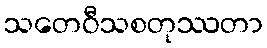
သတေဝီသစတုဿတာ